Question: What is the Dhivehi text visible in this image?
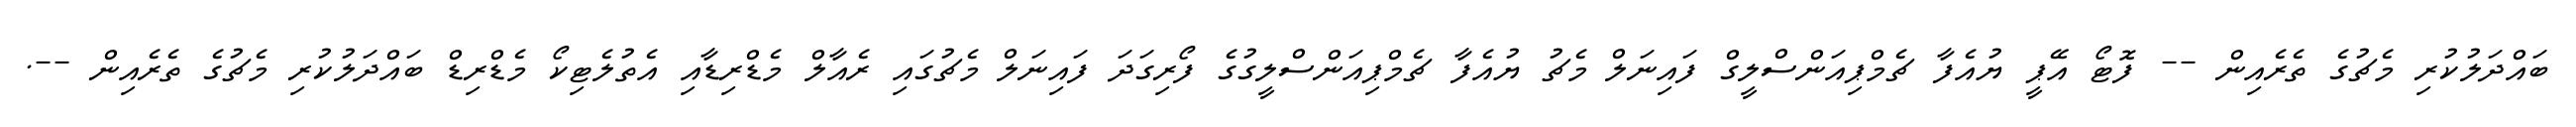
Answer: ބައްދަލުކުރި މެޗުގެ ތެރެއިން -- ފޮޓޯ އޭޕީ ޔުއެފާ ޗެމްޕިއަންސްލީގް ފައިނަލް މެޗު ޔުއެފާ ޗެމްޕިއަންސްލީގުގެ ފޯރިގަދަ ފައިނަލް މެޗުގައި ރެއާލް މެޑްރިޑާއި އެތުލެޓިކޯ މެޑްރިޑް ބައްދަލުކުރި މެޗުގެ ތެރެއިން --.